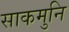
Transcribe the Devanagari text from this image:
साकमुनि